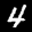
Label: 4